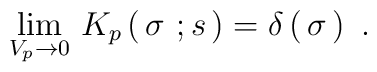
\lim_{V_p\to 0}\, K_p\left(\,  \sigma  \ ; s\,\right)=\delta\left(\, \sigma\,\right)\ .